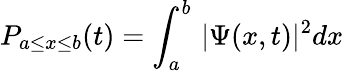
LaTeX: P_{a\leq x\leq b}(t)=\int_{a}^{b}\, |\Psi(x,t)|^{2}dx